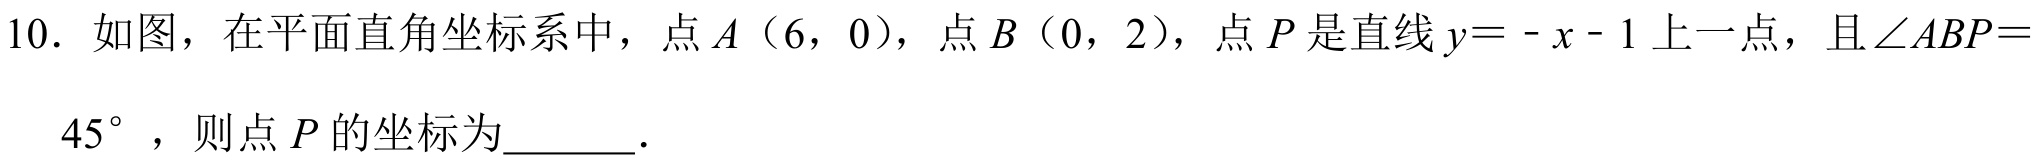
10. 如图，在平面直角坐标系中，点\(A\)（\(6,0\)），点\(B\)（\(0,2\)），点\(P\)是直线\(y=-x - 1\)上一点，且\(\angle ABP =
\(45^{\circ}\)，则点\(P\)的坐标为______.